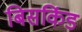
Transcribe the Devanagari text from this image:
बिसकिंड